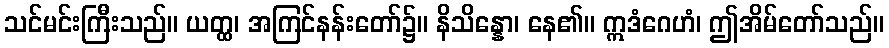
သင်မင်းကြီးသည်။ ယတ္ထ၊ အကြင်နန်းတော်၌။ နိသိန္နော၊ နေ၏။ ဣဒံဂေဟံ၊ ဤအိမ်တော်သည်။